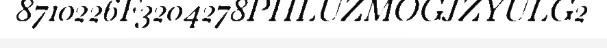
8710226F3204278PHLUZMOGJZYULG2